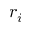
r _ { i }